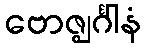
ဗောဇ္ဈင်္ဂါနံ